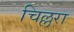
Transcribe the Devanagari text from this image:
चिल्लरा